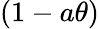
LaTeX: (1-a\theta)